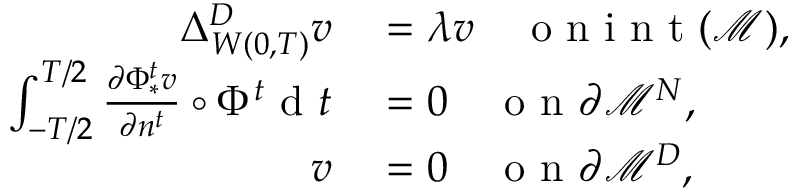
\begin{array} { r l } { \Delta _ { W ( 0 , T ) } ^ { D } v } & { { } = \lambda v \quad \mathrm { ~ o ~ n ~ i ~ n ~ t ~ } ( \mathcal { M } ) , } \\ { \int _ { - T / 2 } ^ { T / 2 } \frac { \partial \Phi _ { * } ^ { t } v } { \partial n ^ { t } } \circ \Phi ^ { t } \mathrm { ~ d ~ } t } & { { } = 0 \quad \mathrm { ~ o ~ n ~ } \partial \mathcal { M } ^ { N } , } \\ { v } & { { } = 0 \quad \mathrm { ~ o ~ n ~ } \partial \mathcal { M } ^ { D } , } \end{array}